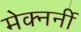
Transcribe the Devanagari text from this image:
मेक्नर्नी